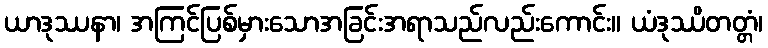
ယာဒုဿနာ၊ အကြင်ပြစ်မှားသောအခြင်းအရာသည်လည်းကောင်း။ ယံဒုဿိတတ္တံ၊